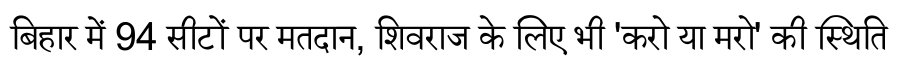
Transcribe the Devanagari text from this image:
बिहार में 94 सीटों पर मतदान, शिवराज के लिए भी 'करो या मरो' की स्थिति